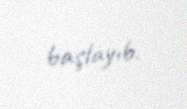
başlayıb.